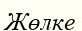
Жөлке